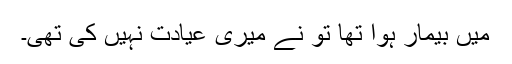
میں بیمار ہوا تھا تُو نے میری عیادت نہیں کی تھی۔